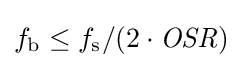
f_{\mathrm {b} }\leq {f_{\mathrm {s} }}/({2\cdot {\mathit {OSR}}})